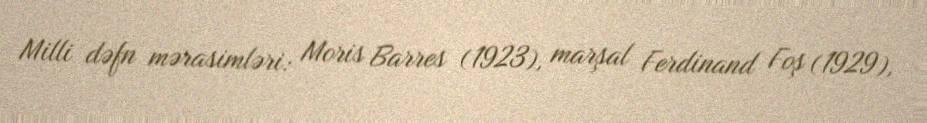
Milli dəfn mərasimləri: Moris Barres (1923), marşal Ferdinand Foş (1929),